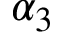
\alpha _ { 3 }